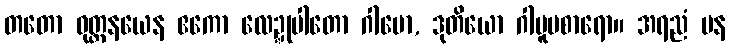
တတော ဝုတ္တနယေန ဧကော လေဍ္ဍုပါတော ဂါမော, ဒုတိယော ဂါမူပစာရော။ အရညံ ပန